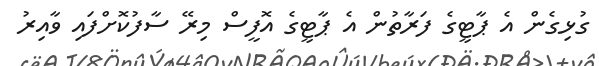
ގުޅިގެން އެ ޕާޓީގެ ފަރާތުން އެ ޕާޓީގެ އޮފީސް މިރޭ ސާފުކޮށްފައި ވާއިރު